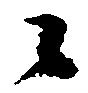
々